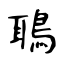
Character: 鵈